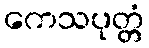
ကေသပုတ္တံ